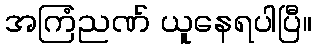
အကြံညဏ် ယူနေရပါပြီ။